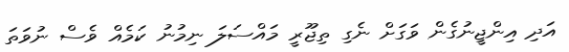
އަދި އިންޖީނުގެން ވަގަށް ނެގި ތިޖޫރީ މައްސަލަ ނިމުނު ކަމެއް ވެސް ނުވަތަ